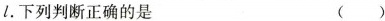
l。下列判断正确的是 ()